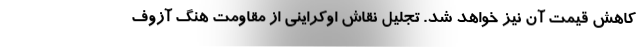
کاهش قیمت آن نیز خواهد شد. تجلیل نقاش اوکراینی از مقاومت هنگ آزوف